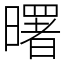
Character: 曙